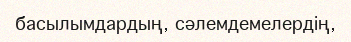
басылымдардың, сәлемдемелердің,